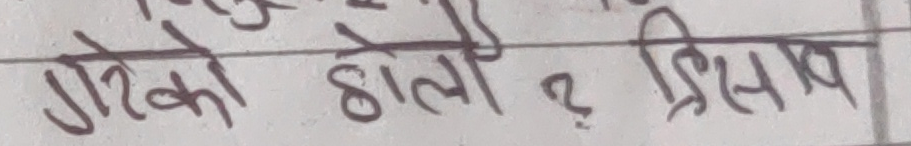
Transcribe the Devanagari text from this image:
गरेको होला ? हिसाब